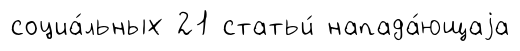
социа́льных 21 статьи́ напада́ющаjа